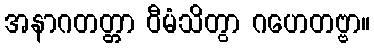
အနာဂတတ္တာ ဝီမံသိတွာ ဂဟေတဗ္ဗာ။